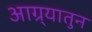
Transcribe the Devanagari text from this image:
आग्र्यातुन